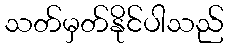
သတ်မှတ်နိုင်ပါသည်